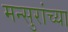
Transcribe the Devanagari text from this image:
मन्सुरांच्या